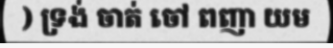
) ទ្រង់ ចាត់ ចៅ ពញា យម